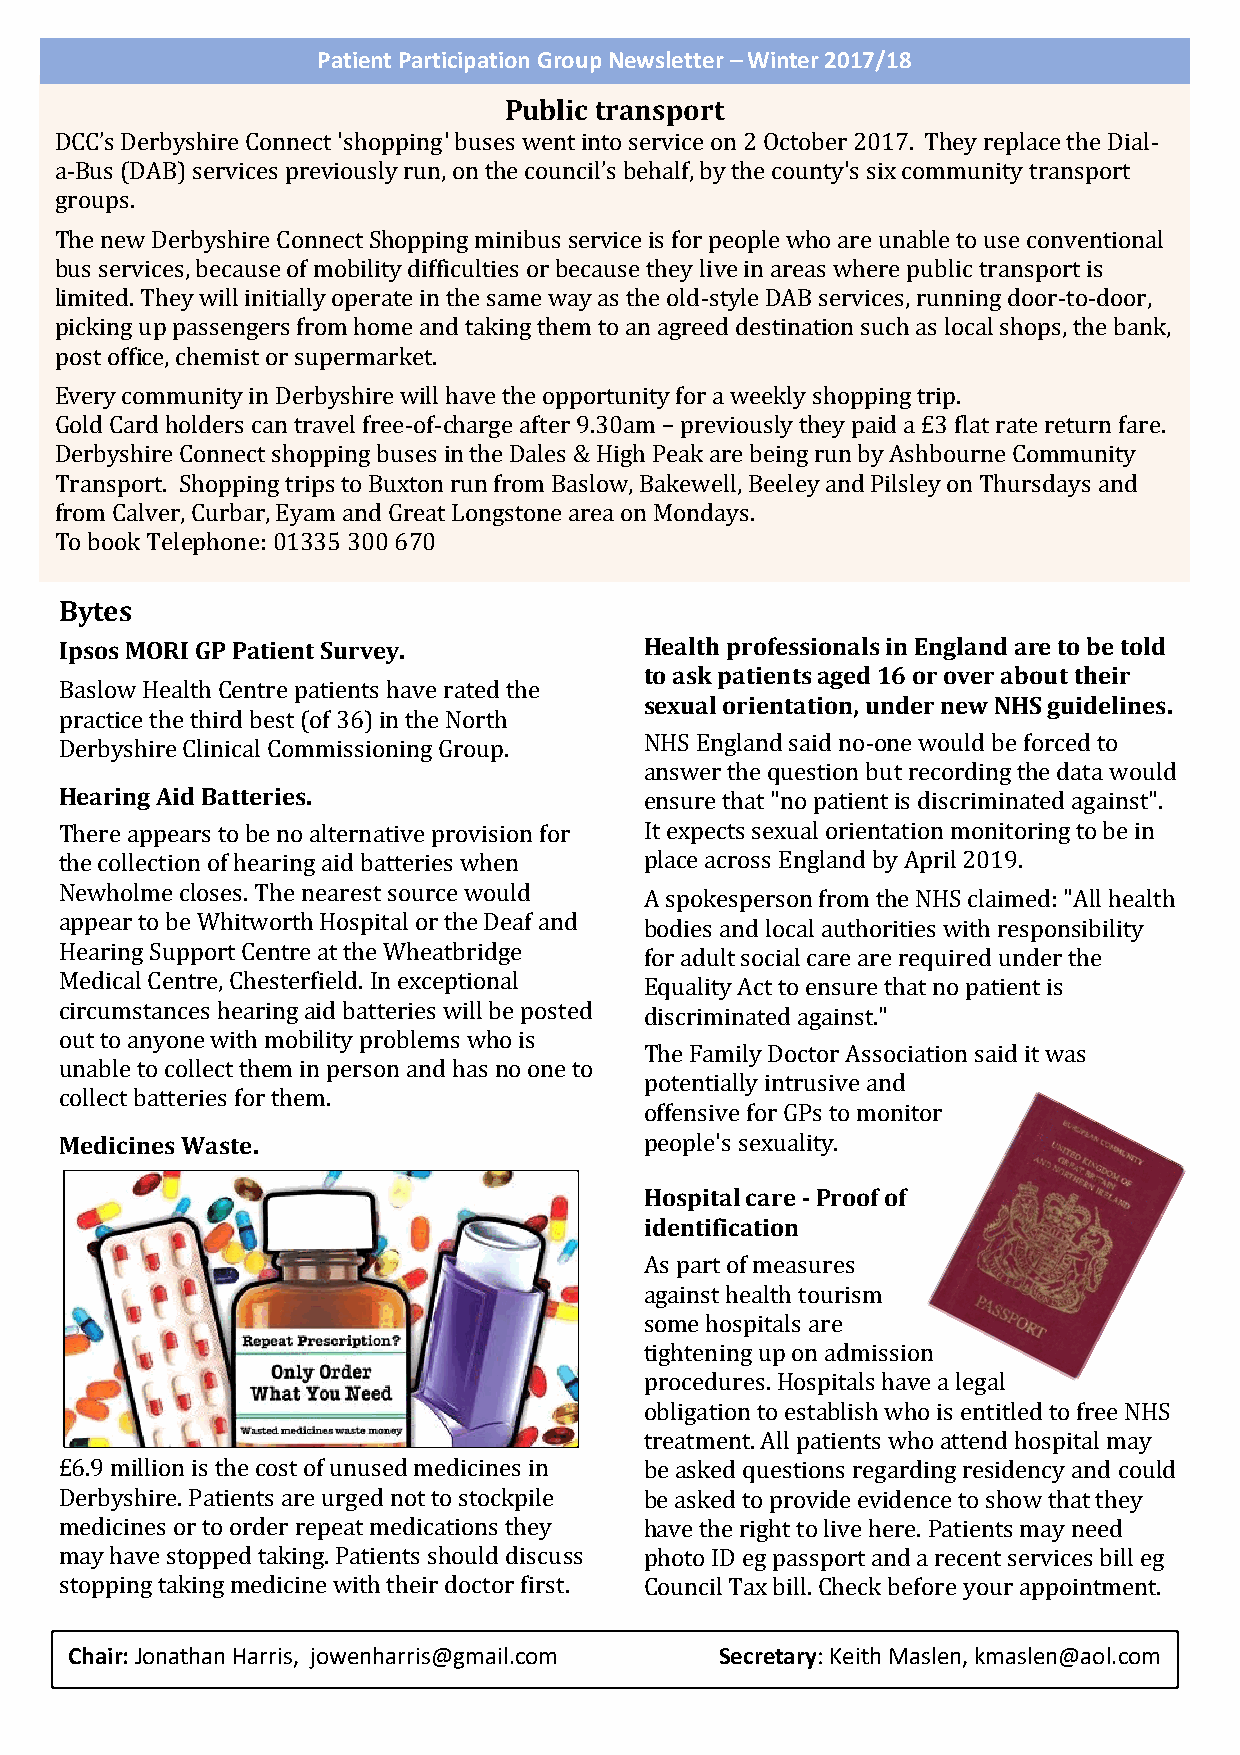
Patient Participation Group Newsletter – Winter 2017/18
 Public transport
 DCC’s Derbyshire Connect 'shopping' buses went into service on 2 October 2017. They replace the Dial-
 a-Bus (DAB) services previously run, on the council’s behalf, by the county's six community transport
 groups.
 The new Derbyshire Connect Shopping minibus service is for people who are unable to use conventional
 bus services, because of mobility difficulties or because they live in areas where public transport is
 limited. They will initially operate in the same way as the old-style DAB services, running door-to-door,
 picking up passengers from home and taking them to an agreed destination such as local shops, the bank,
 post office, chemist or supermarket.
 Every community in Derbyshire will have the opportunity for a weekly shopping trip.
 Gold Card holders can travel free-of-charge after 9.30am − previously they paid a £3 flat rate return fare.
 Derbyshire Connect shopping buses in the Dales & High Peak are being run by Ashbourne Community
 Transport. Shopping trips to Buxton run from Baslow, Bakewell, Beeley and Pilsley on Thursdays and
 from Calver, Curbar, Eyam and Great Longstone area on Mondays.
 To book Telephone: 01335 300 670
 Bytes
 Ipsos MORI GP Patient Survey.          Health professionals in England are to be told
 to ask patients aged 16 or over about their
 Baslow Health Centre patients have rated the
 sexual orientation, under new NHS guidelines.
 practice the third best (of 36) in the North
 NHS England said no-one would be forced to
 Derbyshire Clinical Commissioning Group.
 answer the question but recording the data would
 Hearing Aid Batteries.                 ensure that "no patient is discriminated against".
 There appears to be no alternative provision for It expects sexual orientation monitoring to be in
 the collection of hearing aid batteries when place across England by April 2019.
 Newholme closes. The nearest source would
 A spokesperson from the NHS claimed: "All health
 appear to be Whitworth Hospital or the Deaf and bodies and local authorities with responsibility
 Hearing Support Centre at the Wheatbridge for adult social care are required under the
 Medical Centre, Chesterfield. In exceptional Equality Act to ensure that no patient is
 circumstances hearing aid batteries will be posted
 discriminated against."
 out to anyone with mobility problems who is
 The Family Doctor Association said it was
 unable to collect them in person and has no one to
 potentially intrusive and
 collect batteries for them.
 offensive for GPs to monitor
 Medicines Waste.                       people's sexuality.
 Hospital care - Proof of
 identification
 As part of measures
 against health tourism
 some hospitals are
 tightening up on admission
 procedures. Hospitals have a legal
 obligation to establish who is entitled to free NHS
 treatment. All patients who attend hospital may
 £6.9 million is the cost of unused medicines in be asked questions regarding residency and could
 Derbyshire. Patients are urged not to stockpile be asked to provide evidence to show that they
 medicines or to order repeat medications they have the right to live here. Patients may need
 may have stopped taking. Patients should discuss photo ID eg passport and a recent services bill eg
 stopping taking medicine with their doctor first. Council Tax bill. Check before your appointment.
 Chair: Jonathan Harris, jowenharris@gmail.com Secretary: Keith Maslen, kmaslen@aol.com